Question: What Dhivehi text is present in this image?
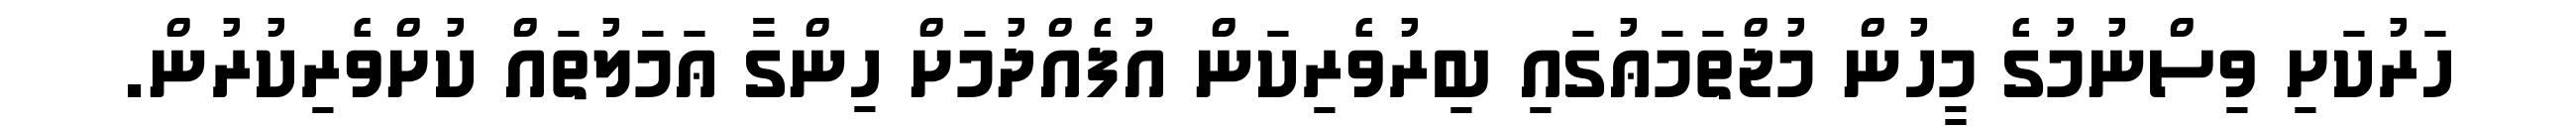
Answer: ހަރުކަށި ވިސްނުމުގެ މީހުން މުޖްތަމަޢުގައި ބިރުވެރިކަން އުފެއްދުމަށް ހިންގާ ޢަމަލުތައް ކުށްވެރިކުރުން.